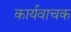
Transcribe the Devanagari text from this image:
कार्यवाचक